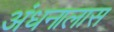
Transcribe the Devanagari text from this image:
अंधनालास